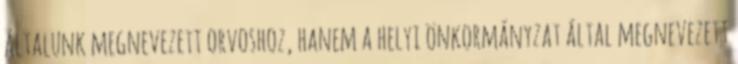
általunk megnevezett orvoshoz, hanem a helyi önkormányzat által megnevezett